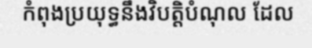
កំពុងប្រយុទ្ធនឹងវិបត្តិបំណុល ដែល